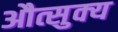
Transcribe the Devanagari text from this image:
औत्सुक्‍य